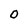
Character: O